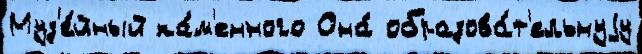
Муз'е́йный ка́м'енного Она́ образова́т'ельнуjу